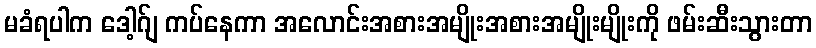
မခံရပါက ဒေါ့ဂ်ျ ကပ်နေကာ အလောင်းအစားအမျိုးအစားအမျိုးမျိုးကို ဖမ်းဆီးသွားတာ